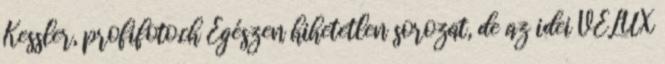
Kessler, profifoto.ch Egészen hihetetlen sorozat, de az idei VELUX